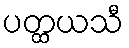
ပတ္ထယသီ